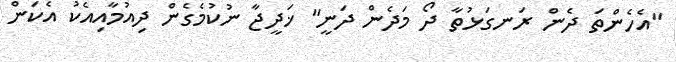
"އެހެންތަ ދެން ރަނގަޅުތާ ދޯ މަދެން ދަނީ" ޚަދީޖާ ނުކުމެގެން ދިއުމާއިއެކު އެކަން